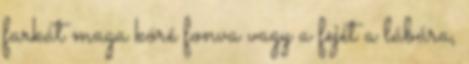
farkát maga köré fonva vagy a fejét a lábára,